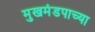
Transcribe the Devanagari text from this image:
मुखमंडपाच्या